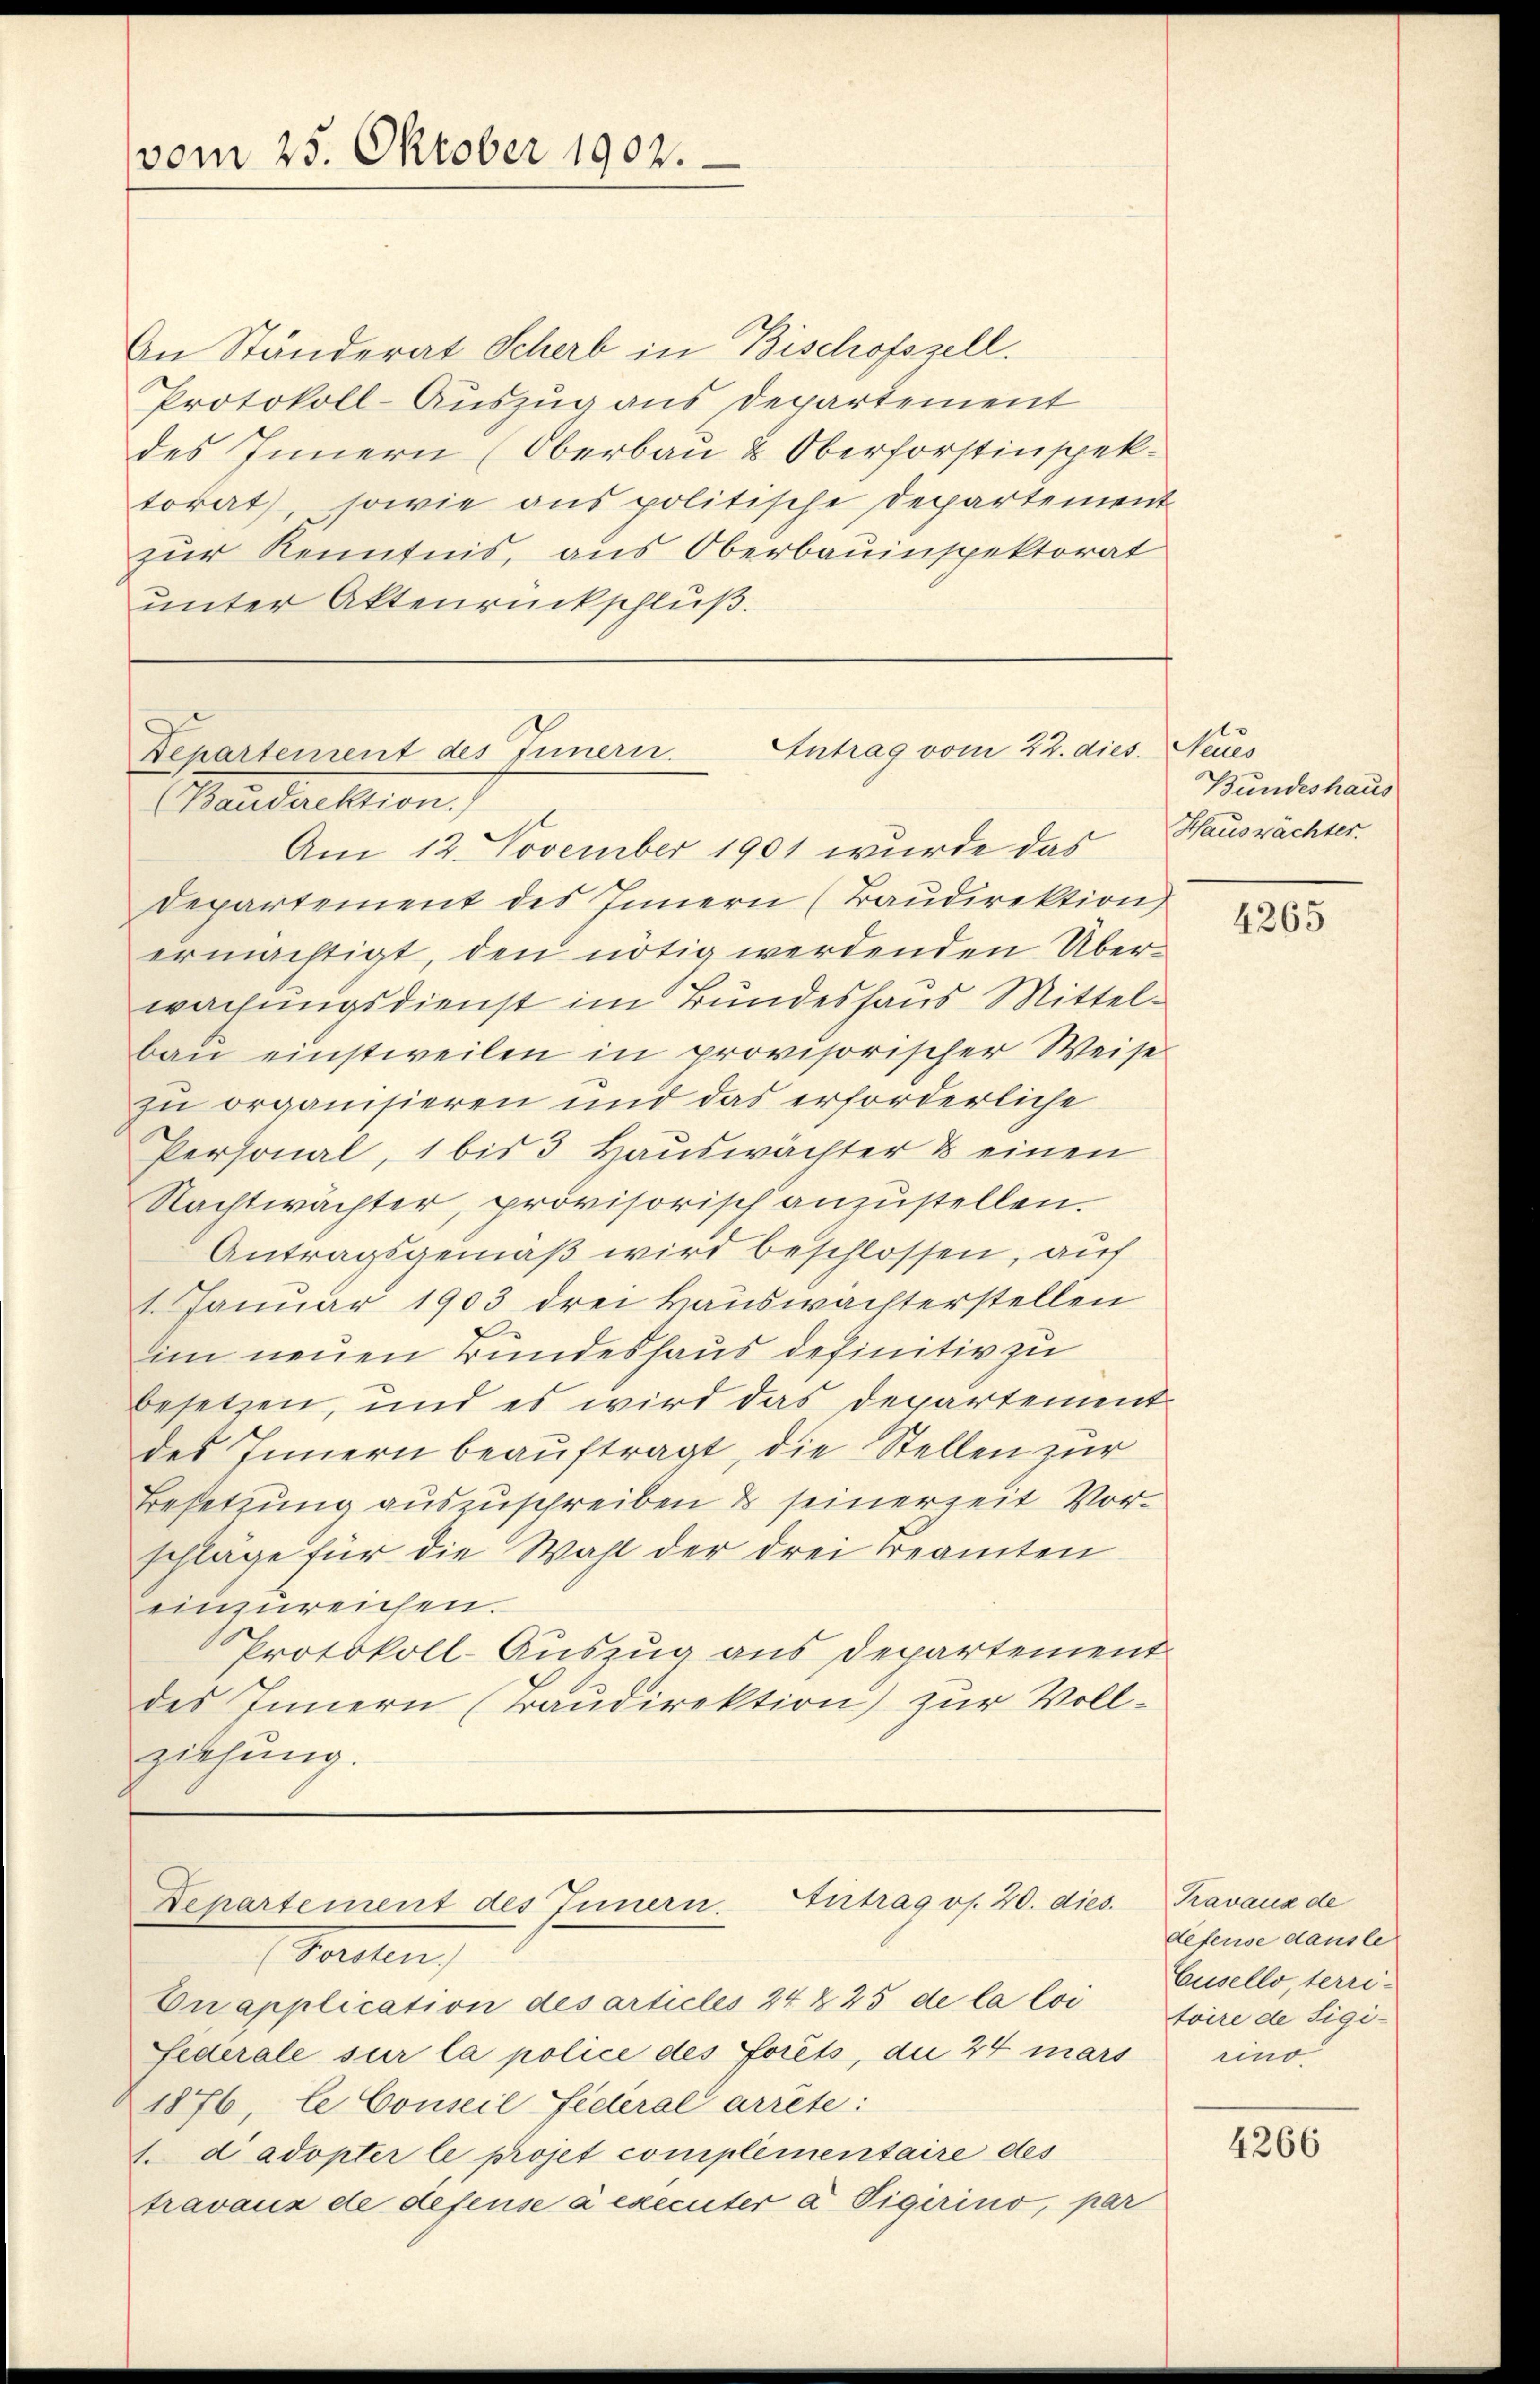
vom 25. Oktober 1902.

An Ständerat Scherb in Bischofszell.
Protokoll-Auszug aus Departement
des Innern (Oberbau & Oberforstinspektorat, sowie aus politische Departement
zur Kenntnis, aus Oberbauinspektorat
unter Aktenrückschluß.

Antrag vom 22. dies
Departement des Innern.
Mandaktion
Am 12. November 1901 wurde das Hauswächter.

departement des Innern (Baŭdirektion
ermächtigt, den nötig werdenden Überwachungsdienst im Bundeshaus Mittelbaŭ einstweilen in provisorischer Weise
zu organisieren und das erforderliche
Personal, 1 bis 3 Hauswächter & einen
Nachtwächter, provisorisch anzustellen.
Antragsgemäß wird beschlossen, auf
1. Januar 1903 drei Hauswachterstellen
im neuen Bundeshaus definitiv zu
besetzen, und es wird das Departement
des Innern beauftragt, die Stellen zur
Besetzung auszuschreiben & seinerzeit Vorschläge für die Wahl der drei treamten
einzureichen.
Protokoll-Auszug aus Departement
des Innern (Taudirektion) zur Vollziehung.

Departement des Innern. Hirtrag os. 20. dies.

Garten,
Quapplication des articles 24 § 25 de la loi
Federale sur la police des forêts, die 24 mars
1876, le Conseil Federal arrête:
1. d adopter le projet complementaire des
travaux de defense à executer à Vigerino, par

Saus
Bundeshaus

4265

Kavaux de
defense dausle
Cusello terri-
toire de Sigirino.

4266